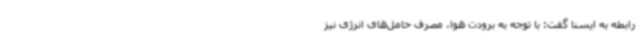
رابطه به ایسنا گفت: با توجه به برودت هوا، مصرف حامل‌های انرژی نیز